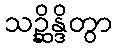
သဉ္ဆိန္ဒိတွာ